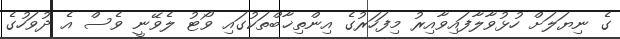
ގެ ނިޔަލަށް ހުޅުވާލާފައިވާއިރު މިފަހަރުގެ އިންތިޚާބްތަކުގައި ވޯޓު ލެވޭނީ ވެސް އެ ދުވަހުގެ